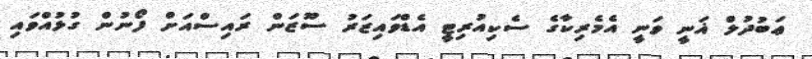
ޢަބުދުލް ޣަނީ ވަނީ އެމެރިކާގެ ސެކިއުރިޓީ އެޑްވައިޒަރު ސޫޒަން ރައިސްއަށް ފޯނުން ގުޅުއްވައި